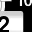
Digit: 2